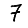
Digit: 7